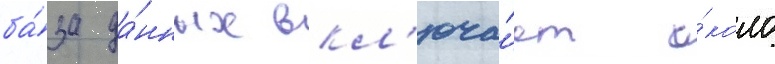
ба́за да́нных вкл'юча́ет о́коло